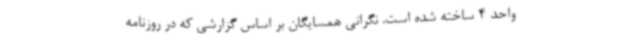
واحد 4 ساخته شده است. نگرانی همسایگان بر اساس گزارشی که در روزنامه